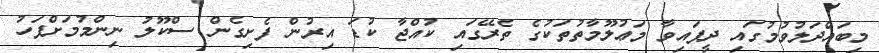
މިބައްދަލުވުމުގައި ދީފައިވާ މަޢުލޫމާތުތަކުގެ ތެރޭގައި ކުއްޖާ ކުޑަ އިރުން ފެށިގެން ސްކޫލު ނިންމުމަށްފަހު